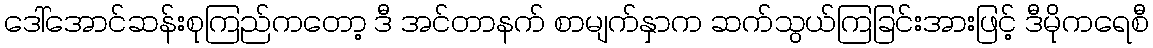
ဒေါ်အောင်ဆန်းစုကြည်ကတော့ ဒီ အင်တာနက် စာမျက်နှာက ဆက်သွယ်ကြခြင်းအားဖြင့် ဒီမိုကရေစီ